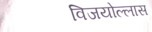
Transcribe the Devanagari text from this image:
विजयोल्लास